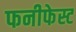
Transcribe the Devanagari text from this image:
फनीफेस्ट